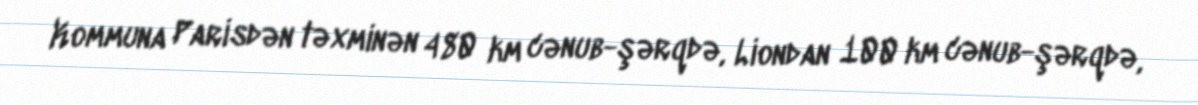
Kommuna Parisdən təxminən 480 km cənub-şərqdə, Liondan 100 km cənub-şərqdə,